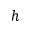
h